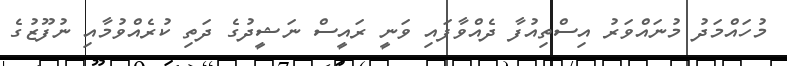
މުހައްމަދު މުނައްވަރު އިސްތިއުފާ ދެއްވާފައި ވަނީ ރައީސް ނަޝީދުގެ ދަތި ކުރެއްވުމާއި ނުފޫޒުގެ